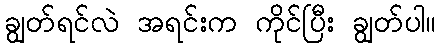
ချွတ်ရင်လဲ အရင်းက ကိုင်ပြီး ချွတ်ပါ။